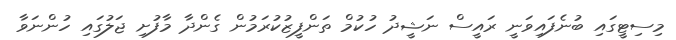
މިސިޓީގައި ބުނެފައިވަނީ ރައީސް ނަޝީދު ހުކުމް ތަންފީޒުކުރަމުން ގެންދާ މާފުށި ޖަލުގައި ހުންނަވާ